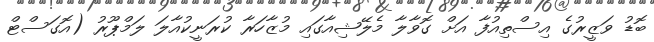
ބޮޑު ވަޒީރުގެ އިސްތިއުފާ އަށް ގޮވާލާ މެލޭޝިއާގައި މުޒާހަރާ ކުރަނީކުއާލަ ލަމްޕޫރު (އޮގަސްޓް